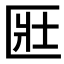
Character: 匨